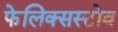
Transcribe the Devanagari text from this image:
फेलिक्सस्टोव